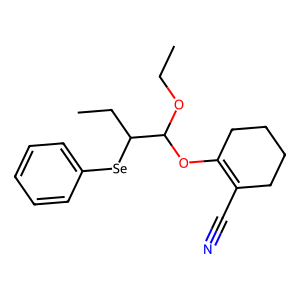
SMILES: CCOC(OC1=C(C#N)CCCC1)C(CC)[Se]c1ccccc1
Inhibits HIV replication: No